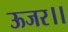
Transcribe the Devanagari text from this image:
ऊजर।।